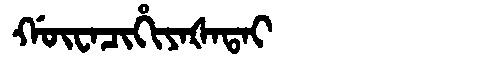
Manchu: ᡤᡡᠸᠠᠴᡳᡥᡳᠶᠠᡧᠠᡨᠠᡳ
Romanization: GŪWACIHIYAŠATAI